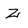
Character: z